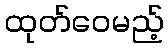
ထုတ်ဝေမည့်